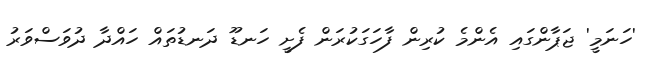
'ހަނަމީ' ޖަޕާންގައި އެންމެ ކުރިން ފާހަގަކުރަން ފެށީ ހަނޑޫ ދަނޑުތައް ހައްދާ ދުވަސްވަރު